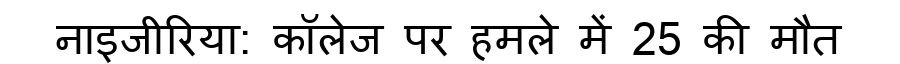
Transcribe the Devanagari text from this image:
नाइजीरिया: कॉलेज पर हमले में 25 की मौत